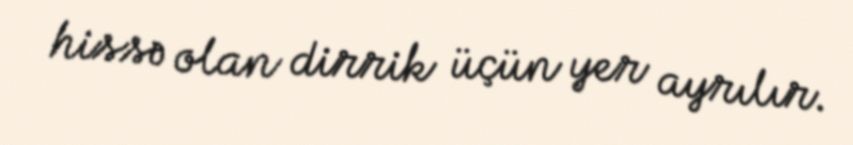
hissə olan dirrik üçün yer ayrılır.